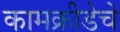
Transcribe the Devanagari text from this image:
कामक्रीडेचे